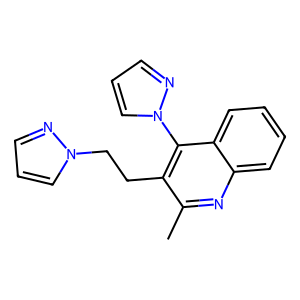
SMILES: Cc1nc2ccccc2c(-n2cccn2)c1CCn1cccn1
Inhibits HIV replication: No